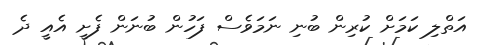
އަތްލި ކަމަށް ކުރިން ބުނި ނަމަވެސް ފަހުން ބުނަން ފެށީ އެއީ ދެ